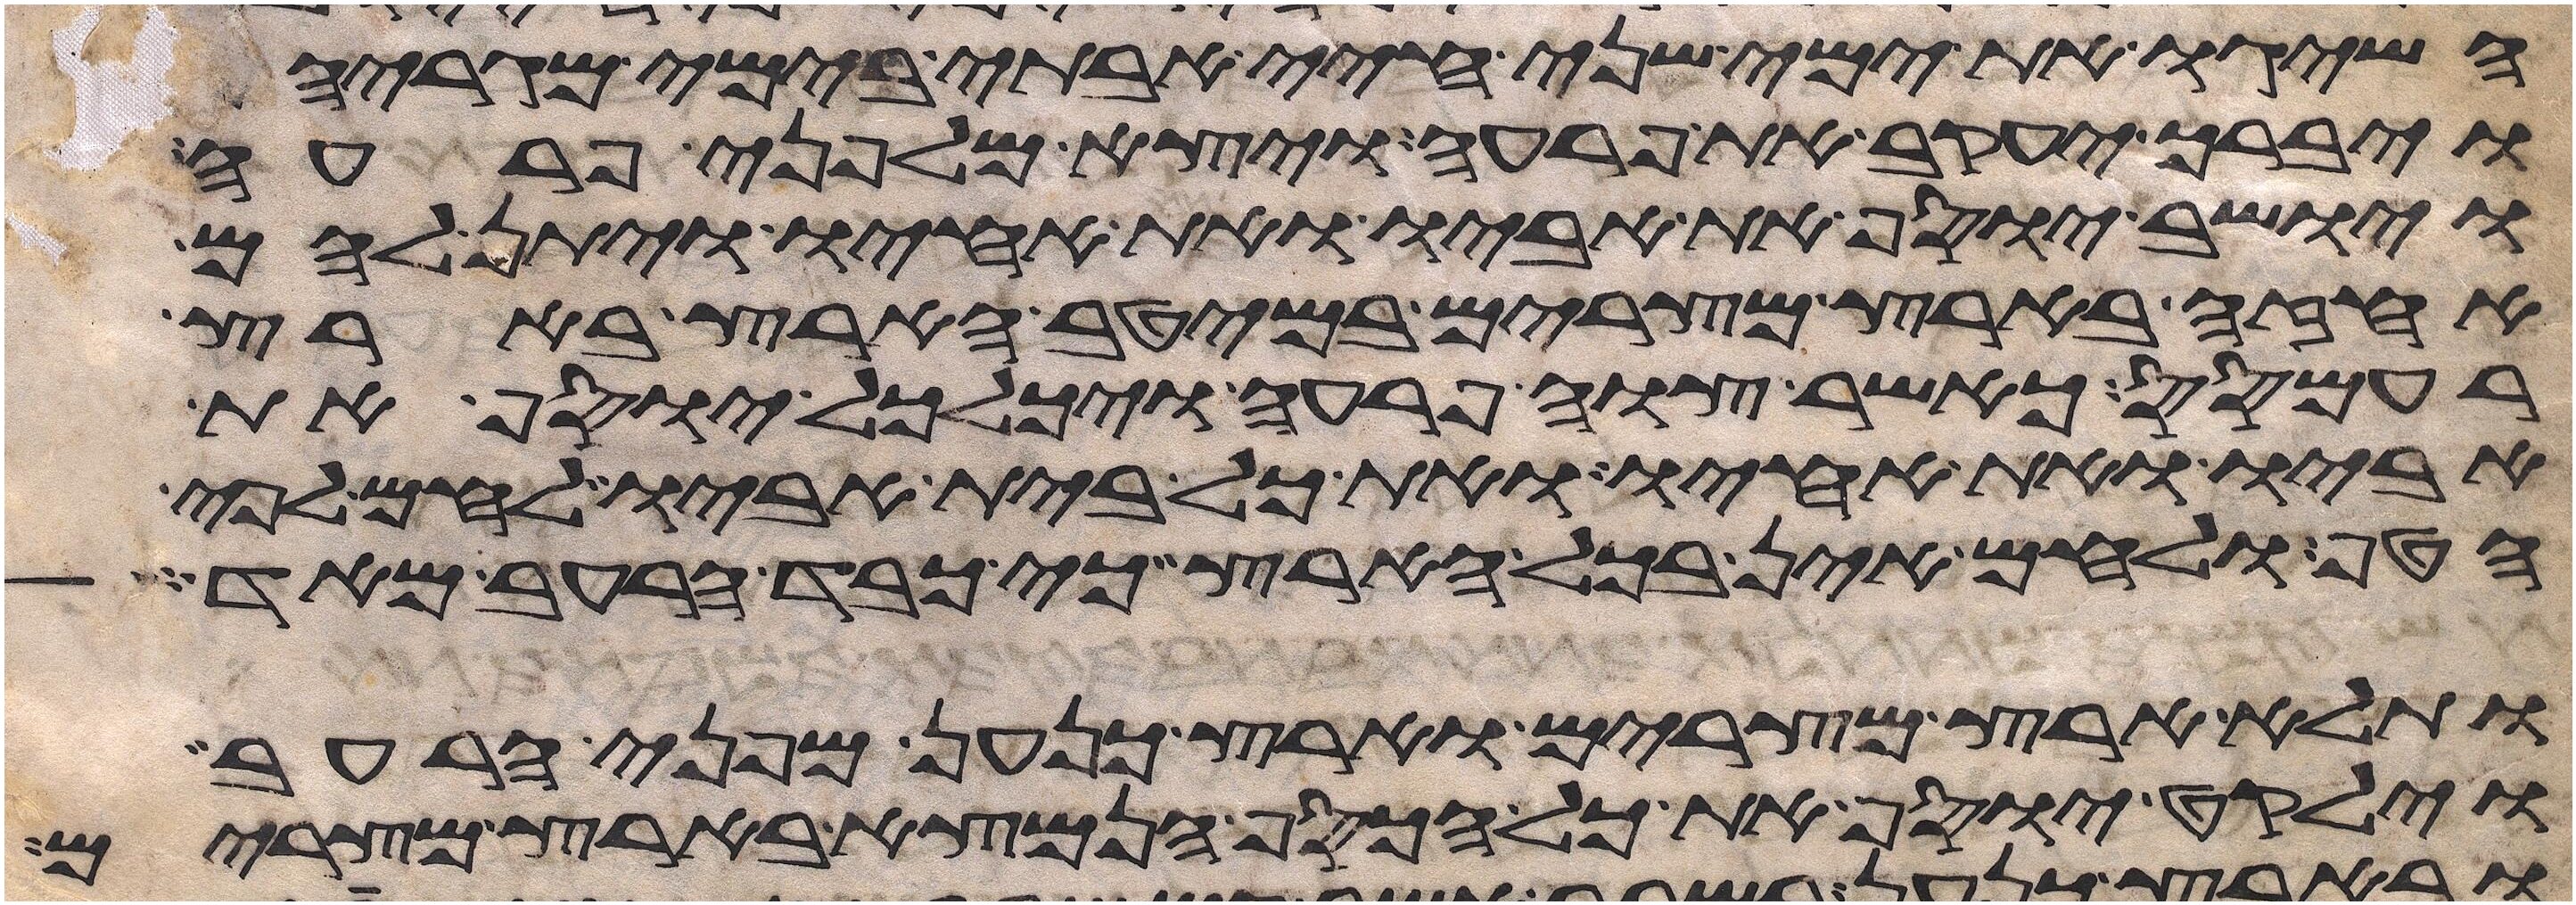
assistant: השיגו את ימי שני חיי אבותי בימי מגריהם
ויברך יעקב את פרעה ויצא מלפני פרעה
ויושב יוסף את אביו ואת אחיו ויתן להם
אחזה בארץ מצרים במיטב הארץ בארץ
רעמסס כאשר צוה פרעה ויכלכל יוסף את
אביו ואת אחיו ואת כל בית אביו לחם לפי
הטף ולחם אין בכל הארץ כי כבד הרעב מאד
ותלא ארץ מצרים וארץ כנען מפני הרעב
וילקט יוסף את כל הכסף הנמצא בארץ מצרים